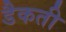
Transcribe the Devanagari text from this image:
डैकती